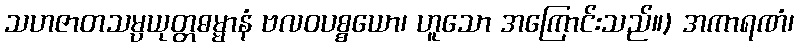
သဟဇာတသမ္ပယုတ္တဓမ္မာနံ ဗလဝပစ္စယော၊ ဟူသော အကြောင်းသည်။) အကာရဏံ၊